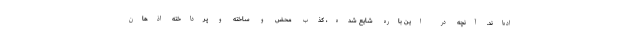
اده‌اند. آنچه در این باره شایع شده، کذب محض و ساخته و پرداخته اذهان